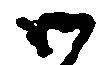
御